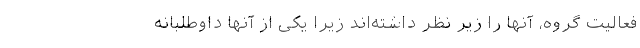
فعالیت گروه، آنها را زیر نظر داشته‌اند زیرا یکی از آنها داوطلبانه